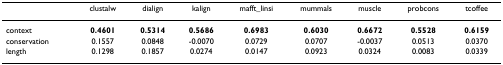
<table><thead><tr><td></td><td><b>clustalw</b></td><td><b>dialign</b></td><td><b>kalign</b></td><td><b>mafft_linsi</b></td><td><b>mummals</b></td><td><b>muscle</b></td><td><b>probcons</b></td><td><b>tcoffee</b></td></tr></thead><tbody><tr><td>context</td><td><b>0.4601</b></td><td><b>0.5314</b></td><td><b>0.5686</b></td><td><b>0.6983</b></td><td><b>0.6030</b></td><td><b>0.6672</b></td><td><b>0.5528</b></td><td><b>0.6159</b></td></tr><tr><td>conservation</td><td>0.1557</td><td>0.0848</td><td>-0.0070</td><td>0.0729</td><td>0.0707</td><td>-0.0037</td><td>0.0513</td><td>0.0370</td></tr><tr><td>length</td><td>0.1298</td><td>0.1857</td><td>0.0274</td><td>0.0147</td><td>0.0923</td><td>0.0324</td><td>0.0083</td><td>0.0339</td></tr></tbody></table>